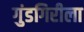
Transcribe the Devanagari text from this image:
गुंडगिरीला